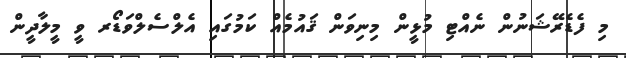
މި ފެޑެރޭޝަނުން ނެއްޓި މުޅީން މިނިވަން ޤައުމެއް ކަމުގައި އެލްސެލްވަޑޯރ ވީ މީލާދީން